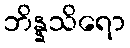
ဘိန္နသိရော